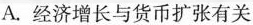
A.经济增长与货币扩张有关